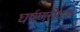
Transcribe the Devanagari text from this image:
घर्षणरोधक